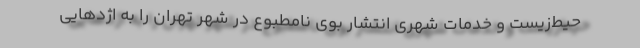
حیط‌زیست و خدمات شهری انتشار بوی نامطبوع در شهر تهران را به اژدهایی